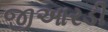
જીઆરડી